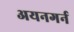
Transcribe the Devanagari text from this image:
अयनगर्न